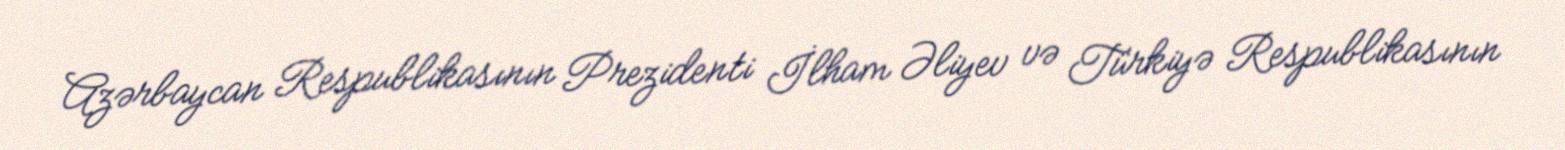
Azərbaycan Respublikasının Prezidenti İlham Əliyev və Türkiyə Respublikasının